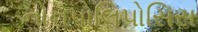
નોનપોલિપોસિસ